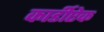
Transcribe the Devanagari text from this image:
कार्डीऐक